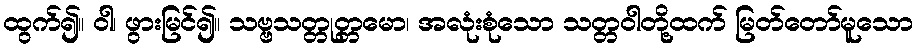
ထွက်၍။ ဝါ၊ ဖွားမြင်၍။ သဗ္ဗသတ္တုတ္တမော၊ အလုံးစုံသော သတ္တဝါတို့ထက် မြတ်တော်မူသော